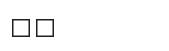
٤٣